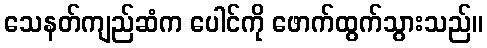
သေနတ်ကျည်ဆံက ပေါင်ကို ဖောက်ထွက်သွားသည်။